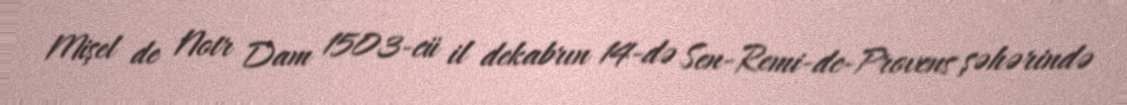
Mişel de Notr Dam 1503-cü il dekabrın 14-də Sen-Remi-de-Provens şəhərində